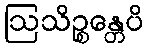
ဩသိဉ္စန္တေပိ